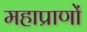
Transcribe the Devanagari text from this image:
महाप्राणों